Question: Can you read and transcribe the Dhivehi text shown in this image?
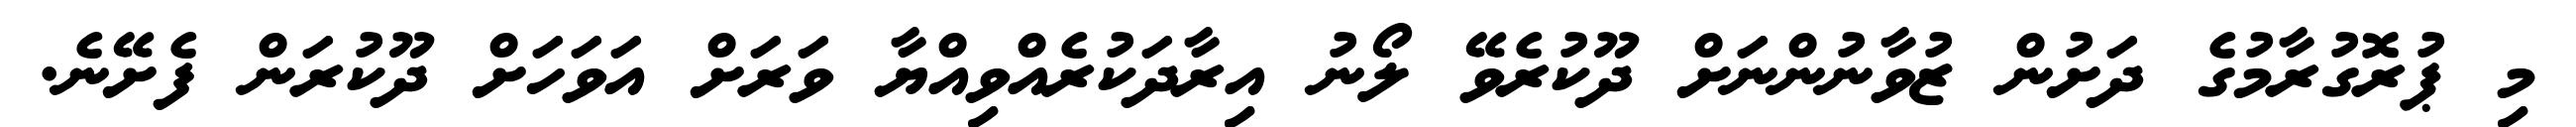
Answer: މި ޕުރޮގުރާމުގެ ދަށުން ޒުވާނުންނަށް ދޫކުރެވޭ ލޯނު އިރާދަކުރެއްވިއްޔާ ވަރަށް އަވަހަށް ދޫކުރަން ފެށޭނެ.